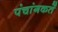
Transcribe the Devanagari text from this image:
पंचांगकर्ते